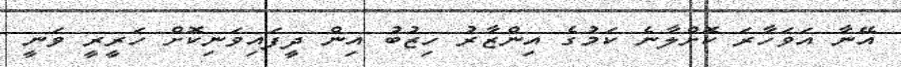
އޭނާ އަވަހާރަ ކޮށްލާނެ ކަމުގެ އިންޒާރު ހިޒުބު އިން ދީފައިވަނިކޮށް ހަރީރީ ވަނީ